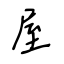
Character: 屋